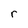
Character: r